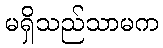
မရှိသည်သာမက